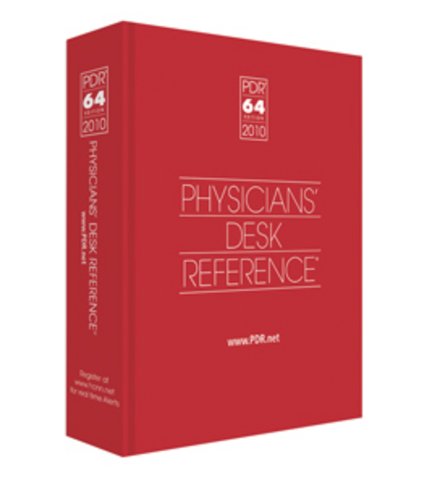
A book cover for PDR: Physicians Desk Reference 2010 (Physicians' Desk Reference (Pdr)); PDR Staff; Medical Books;